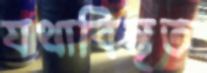
যথাবিস্তৃত